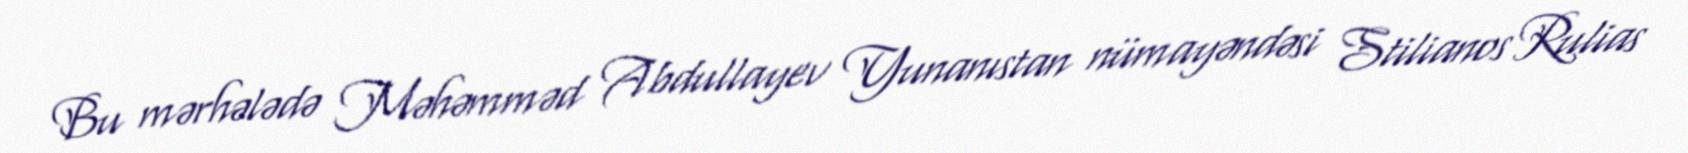
Bu mərhələdə Məhəmməd Abdullayev Yunanıstan nümayəndəsi Stilianos Rulias